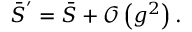
\bar { S } ^ { ^ { \prime } } = \bar { S } + { \mathcal { O } } \left( g ^ { 2 } \right) .